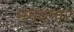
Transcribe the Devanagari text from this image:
ममदगार